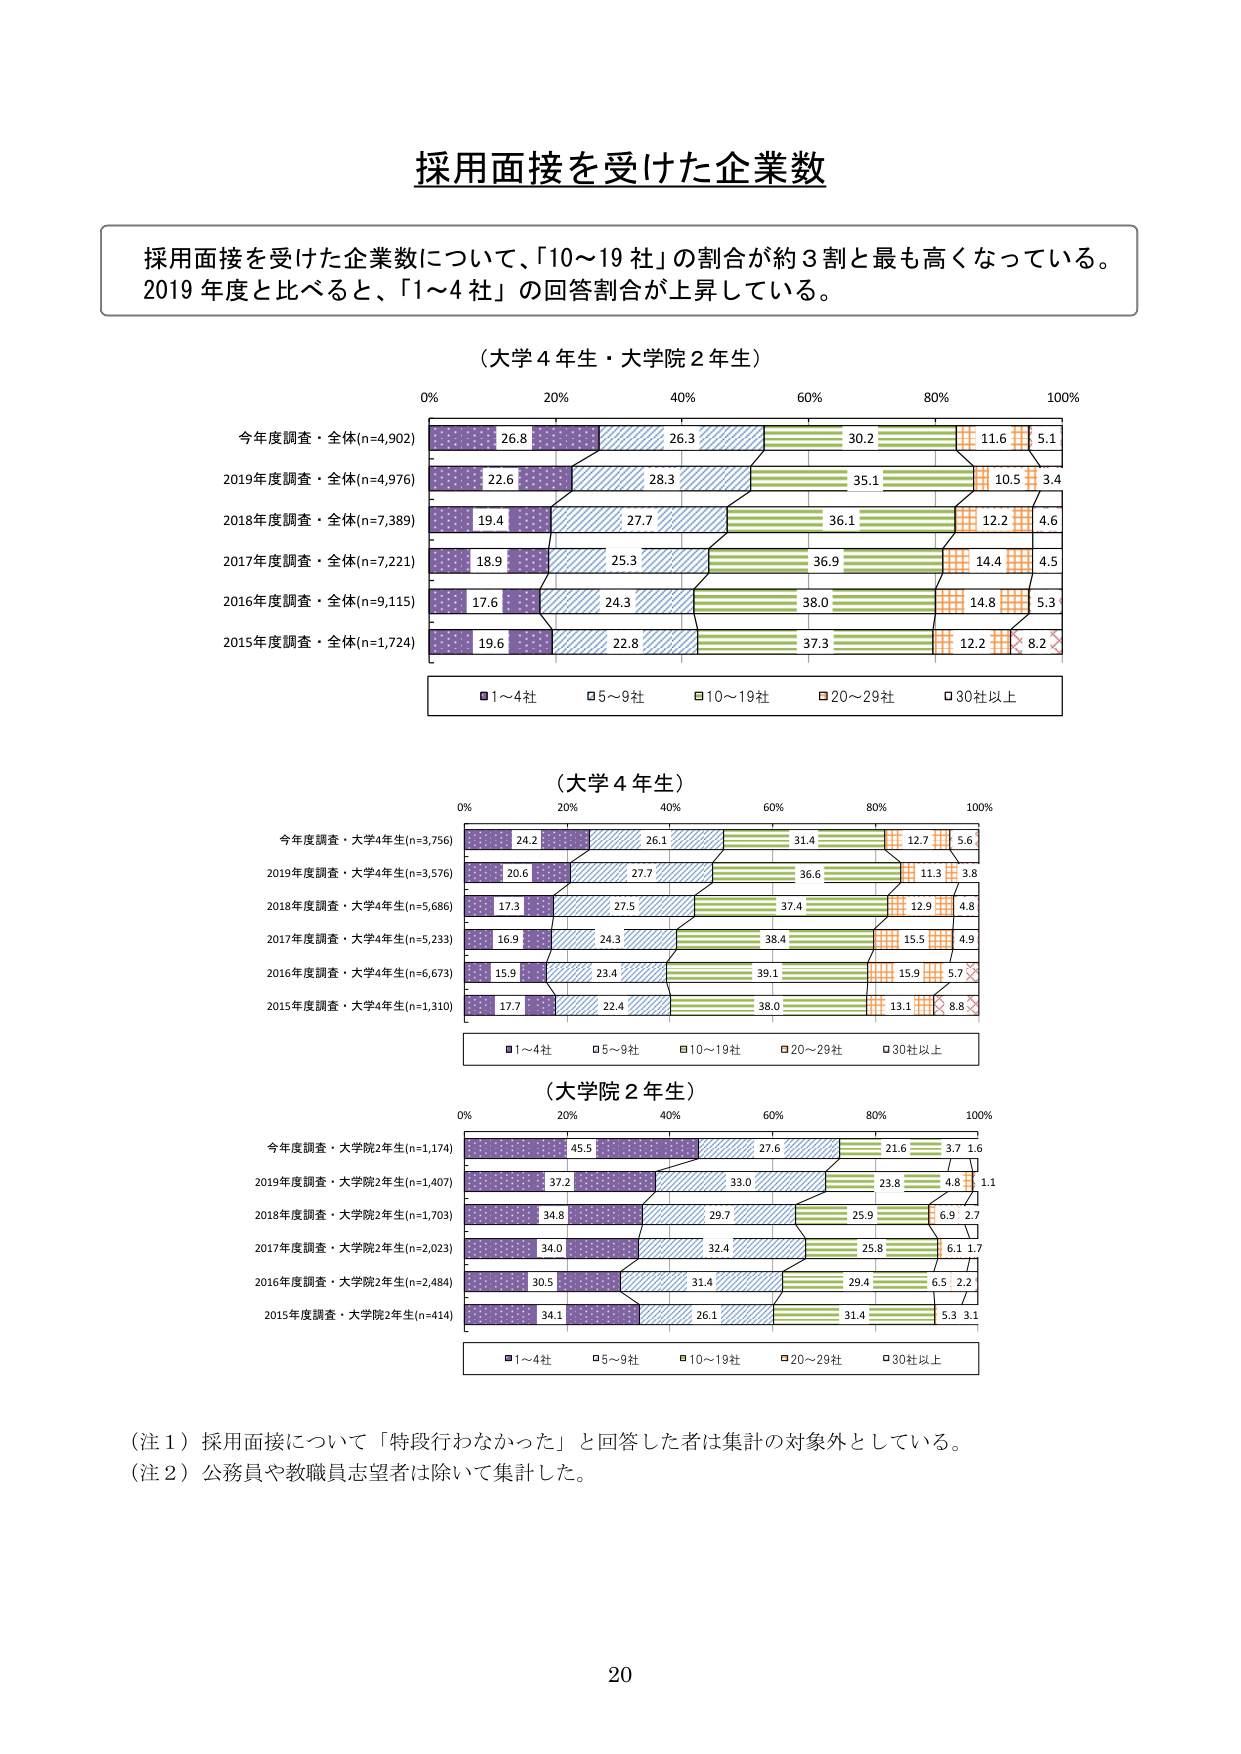
採用面接を受けた企業数

採用面接を受けた企業数について、「10～19社」の割合が約3割と最も高くなっている。
2019年度と比べると、「1～4社」の回答割合が上昇している。

（大学4年生・大学院2年生）
0% 20% 40% 60% 80% 100%
今年度調査・全体(n=4,902) 26.8 26.3 30.2 11.6 5.1
2019年度調査・全体(n=4,976) 22.6 28.3 35.1 10.5 3.4
2018年度調査・全体(n=7,389) 19.4 27.7 36.1 12.2 4.6
2017年度調査・全体(n=7,221) 18.9 25.3 36.9 14.4 4.5
2016年度調査・全体(n=9,115) 17.6 24.3 38.0 14.8 5.3
2015年度調査・全体(n=1,724) 19.6 22.8 37.3 12.2 8.2
■1～4社 □5～9社 ■10～19社 □20～29社 □30社以上

（大学4年生）
0% 20% 40% 60% 80% 100%
今年度調査・大学4年生(n=3,756) 24.2 26.1 31.4 12.7 5.6
2019年度調査・大学4年生(n=3,576) 20.6 27.7 36.6 11.3 3.8
2018年度調査・大学4年生(n=5,686) 17.3 27.5 37.4 12.9 4.8
2017年度調査・大学4年生(n=5,233) 16.9 24.3 38.4 15.5 4.9
2016年度調査・大学4年生(n=6,673) 15.9 23.4 39.1 15.9 5.7
2015年度調査・大学4年生(n=1,310) 17.7 22.4 38.0 13.1 8.8
■1～4社 □5～9社 ■10～19社 □20～29社 □30社以上

（大学院2年生）
0% 20% 40% 60% 80% 100%
今年度調査・大学院2年生(n=1,174) 45.5 27.6 21.6 3.7 1.6
2019年度調査・大学院2年生(n=1,407) 37.2 33.0 23.8 4.8 1.1
2018年度調査・大学院2年生(n=1,703) 34.8 29.7 25.9 6.9 2.7
2017年度調査・大学院2年生(n=2,023) 34.0 32.4 25.8 6.1 1.7
2016年度調査・大学院2年生(n=2,484) 30.5 31.4 29.4 6.5 2.2
2015年度調査・大学院2年生(n=414) 34.1 26.1 31.4 5.3 3.1
■1～4社 □5～9社 ■10～19社 □20～29社 □30社以上

（注1）採用面接について「特段行わなかった」と回答した者は集計の対象外としている。
（注2）公務員や教職員志望者は除いて集計した。

20